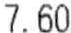
7.60